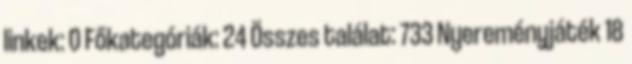
linkek: 0 Főkategóriák: 24 Összes találat: 733 Nyereményjáték 18